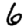
Digit: 6